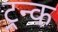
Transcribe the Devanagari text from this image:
ट्रन्क